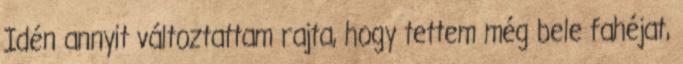
Idén annyit változtattam rajta, hogy tettem még bele fahéjat,